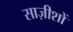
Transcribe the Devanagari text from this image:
साज़ीशों